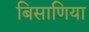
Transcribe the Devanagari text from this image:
बिसाणिया